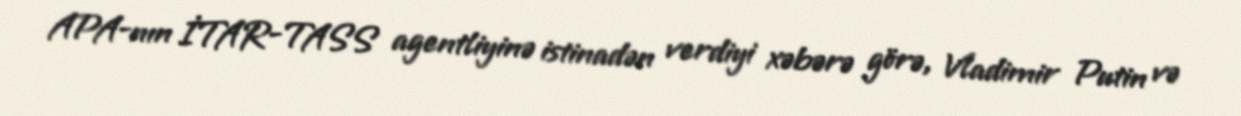
APA-nın İTAR-TASS agentliyinə istinadən verdiyi xəbərə görə, Vladimir Putin və